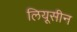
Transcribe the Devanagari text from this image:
लियूसीन